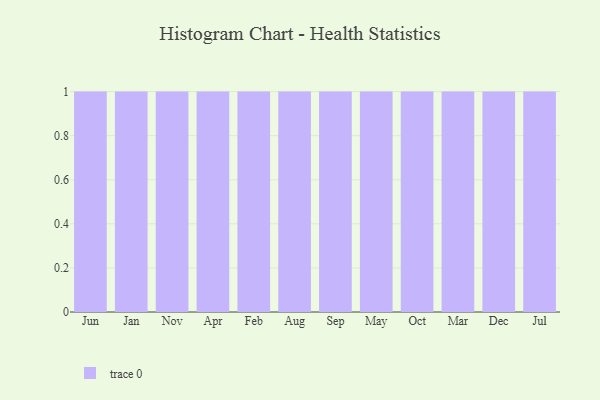
{"axis": {"x": "Month", "y": "Operating Costs (USD K)"}, "legend": [""], "data": [{"x": "Jun", "y": 56, "type": ""}, {"x": "Jan", "y": 31, "type": ""}, {"x": "Nov", "y": 98, "type": ""}, {"x": "Apr", "y": 32, "type": ""}, {"x": "Feb", "y": 9, "type": ""}, {"x": "Aug", "y": 12, "type": ""}, {"x": "Sep", "y": 78, "type": ""}, {"x": "May", "y": 6, "type": ""}, {"x": "Oct", "y": 73, "type": ""}, {"x": "Mar", "y": 31, "type": ""}, {"x": "Dec", "y": 99, "type": ""}, {"x": "Jul", "y": 40, "type": ""}]}